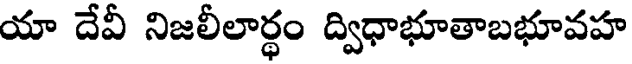
యా దేవీ నిజలీలార్థం ద్విధాభూతాబభూవహ